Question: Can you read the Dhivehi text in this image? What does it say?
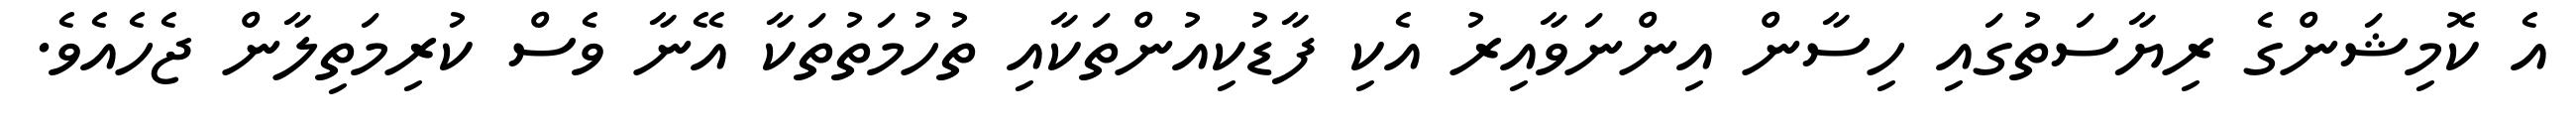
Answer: އެ ކޮމިޝަންގެ ރިޔާސަތުގައި ހިސާން އިންނަވާއިރު އެކި ފާޑުކިއުންތަކާއި ތުހުމަތުތަކާ އޭނާ ވެސް ކުރިމަތިލާން ޖެހެއެވެ.